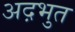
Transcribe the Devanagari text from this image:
अद़भुत